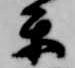
楽